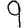
Digit: 9